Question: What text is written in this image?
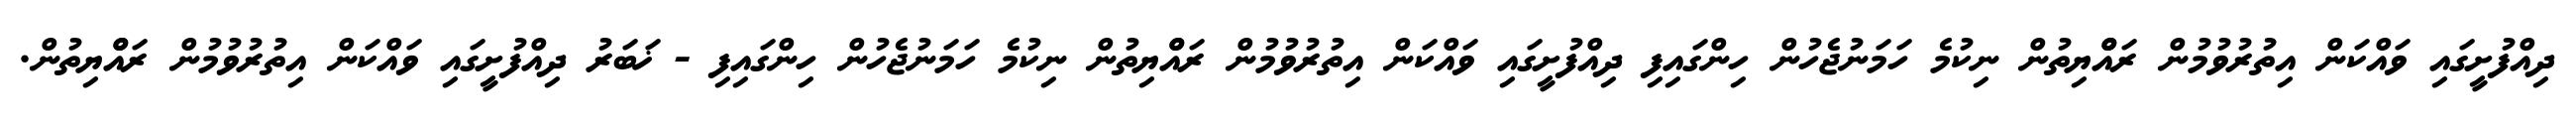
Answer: ދިއްފުށީގައި ވައްކަން އިތުރުވުމުން ރައްްޔިތުން ނިކުމެ ހަމަނުޖެހުން ހިންގައިފި ދިއްފުށީގައި ވައްކަން އިތުރުވުމުން ރައްްޔިތުން ނިކުމެ ހަމަނުޖެހުން ހިންގައިފި - ޚަބަރު ދިއްފުށީގައި ވައްކަން އިތުރުވުމުން ރައްްޔިތުން.